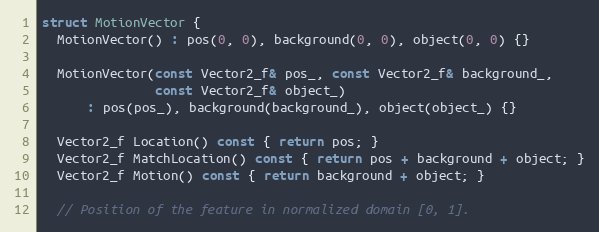
Language: C
struct MotionVector {
  MotionVector() : pos(0, 0), background(0, 0), object(0, 0) {}

  MotionVector(const Vector2_f& pos_, const Vector2_f& background_,
               const Vector2_f& object_)
      : pos(pos_), background(background_), object(object_) {}

  Vector2_f Location() const { return pos; }
  Vector2_f MatchLocation() const { return pos + background + object; }
  Vector2_f Motion() const { return background + object; }

  // Position of the feature in normalized domain [0, 1].